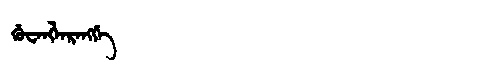
Manchu: ᡤᡠᠸᠠᠩᠯᠠᡵᠠᠩᡤᡝ
Romanization: GUWANGLARANGGE